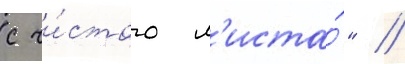
с чи́стого л'иста́" //